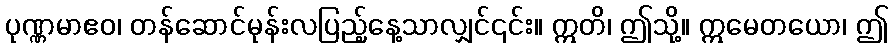
ပုဏ္ဏမာဧဝ၊ တန်ဆောင်မုန်းလပြည့်နေ့သာလျှင်၎င်း။ ဣတိ၊ ဤသို့။ ဣမေတယော၊ ဤ